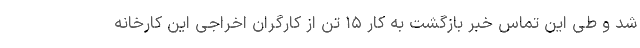
شد و طی این تماس خبر بازگشت به کار ۱۵ تن از کارگران اخراجی این کارخانه